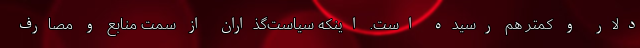
دلار و کمتر هم رسیده است. اینکه سیاست‌گذاران از سمت منابع و مصارف